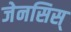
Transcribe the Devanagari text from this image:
जेनसिस्